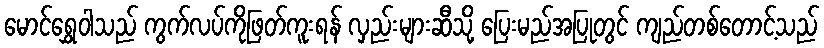
မောင်ရွှေဝါသည် ကွက်လပ်ကိုဖြတ်ကူးရန် လှည်းများဆီသို့ ပြေးမည်အပြုတွင် ကျည်တစ်တောင့်သည်